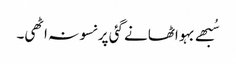
سُبھے بہو اٹھانے گئی پر نسو نہ اٹھی۔